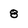
Character: 8